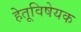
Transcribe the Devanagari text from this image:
हेतूविषेयक